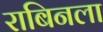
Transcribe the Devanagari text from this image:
राबिनला